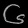
Digit: ၆